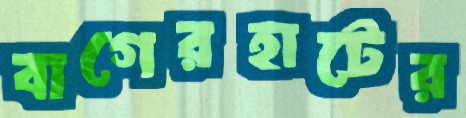
বাগেরহাটের